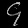
Digit: ၄